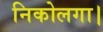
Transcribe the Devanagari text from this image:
निकोलगा।